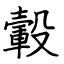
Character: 轂